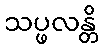
သပ္ဖလန္တိ